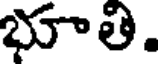
భూతి.